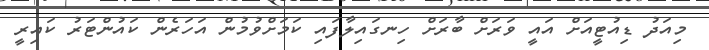
މިއަދު ޑިއުޓީއަށް އައީ ވަރަށް ބާރަށް ހިނގައިލާފައި ކަމަށްވުމުން އަހަރެން ކައުންޓަރު ކައިރީ